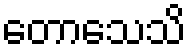
တောသေသိ